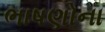
ભાષણોના